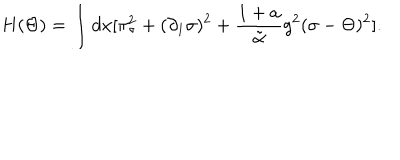
H ( \Theta ) = \int d x [ \pi _ { \sigma } ^ { 2 } + ( \partial _ { 1 } \sigma ) ^ { 2 } + { \frac { 1 + a } { \tilde { \alpha } } } g ^ { 2 } ( \sigma - \Theta ) ^ { 2 } ] .